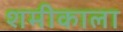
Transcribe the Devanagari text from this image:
शमीकाला